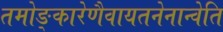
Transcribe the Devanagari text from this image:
तमोङ्कारेणैवायतनेनान्वेति